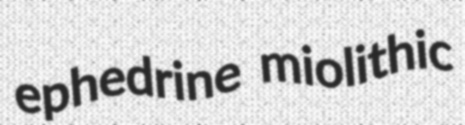
ephedrine miolithic